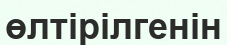
өлтірілгенін